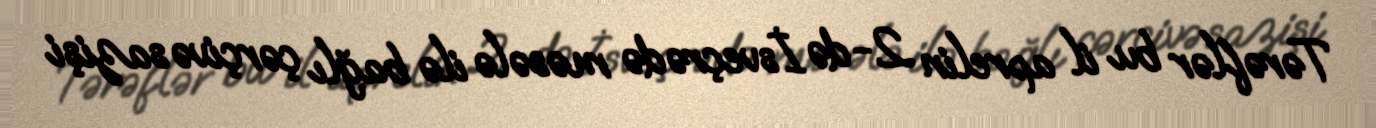
Tərəflər bu il aprelin 2-də İsveçrədə məsələ ilə bağlı çərçivə sazişi